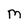
Character: M